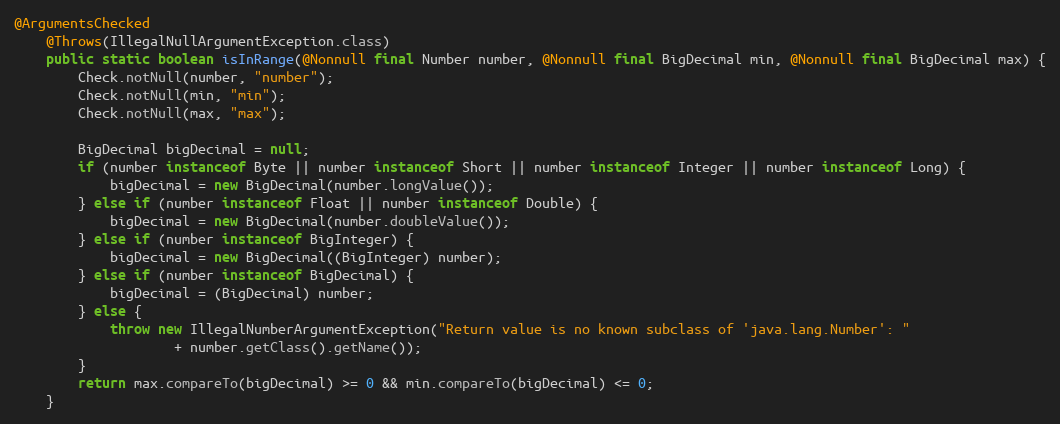
Language: Java
@ArgumentsChecked
	@Throws(IllegalNullArgumentException.class)
	public static boolean isInRange(@Nonnull final Number number, @Nonnull final BigDecimal min, @Nonnull final BigDecimal max) {
		Check.notNull(number, "number");
		Check.notNull(min, "min");
		Check.notNull(max, "max");

		BigDecimal bigDecimal = null;
		if (number instanceof Byte || number instanceof Short || number instanceof Integer || number instanceof Long) {
			bigDecimal = new BigDecimal(number.longValue());
		} else if (number instanceof Float || number instanceof Double) {
			bigDecimal = new BigDecimal(number.doubleValue());
		} else if (number instanceof BigInteger) {
			bigDecimal = new BigDecimal((BigInteger) number);
		} else if (number instanceof BigDecimal) {
			bigDecimal = (BigDecimal) number;
		} else {
			throw new IllegalNumberArgumentException("Return value is no known subclass of 'java.lang.Number': "
					+ number.getClass().getName());
		}
		return max.compareTo(bigDecimal) >= 0 && min.compareTo(bigDecimal) <= 0;
	}